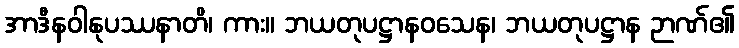
အာဒီနဝါနုပဿနာတိ၊ ကား။ ဘယတုပဋ္ဌာနဝသေန၊ ဘယတုပဋ္ဌာန ဉာဏ်၏